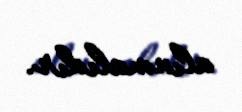
alınmalıdır.